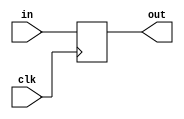
module coreir_reg #(
    parameter width = 1,
    parameter clk_posedge = 1,
    parameter init = 1
) (
    input clk,
    input [width-1:0] in,
    output [width-1:0] out
);
  reg [width-1:0] outReg=init;
  wire real_clk;
  assign real_clk = clk_posedge ? clk : ~clk;
  always @(posedge real_clk) begin
    outReg <= in;
  end
  assign out = outReg;
endmodule

module Mux2xNone (
    input I0,
    input I1,
    input S,
    output O
);
reg [0:0] coreir_commonlib_mux2x1_inst0_out;
always @(*) begin
if (S == 0) begin
    coreir_commonlib_mux2x1_inst0_out = I0;
end else begin
    coreir_commonlib_mux2x1_inst0_out = I1;
end
end

assign O = coreir_commonlib_mux2x1_inst0_out[0];
endmodule

module DFF_init0_has_ceFalse_has_resetFalse_has_async_resetFalse (
    input I,
    output O,
    input CLK
);
wire [0:0] reg_P_inst0_out;
coreir_reg #(
    .clk_posedge(1'b1),
    .init(1'h0),
    .width(1)
) reg_P_inst0 (
    .clk(CLK),
    .in(I),
    .out(reg_P_inst0_out)
);
assign O = reg_P_inst0_out[0];
endmodule

module Register8 (
    input [7:0] I,
    output [7:0] O,
    input CLK
);
wire DFF_init0_has_ceFalse_has_resetFalse_has_async_resetFalse_inst0_O;
wire DFF_init0_has_ceFalse_has_resetFalse_has_async_resetFalse_inst1_O;
wire DFF_init0_has_ceFalse_has_resetFalse_has_async_resetFalse_inst2_O;
wire DFF_init0_has_ceFalse_has_resetFalse_has_async_resetFalse_inst3_O;
wire DFF_init0_has_ceFalse_has_resetFalse_has_async_resetFalse_inst4_O;
wire DFF_init0_has_ceFalse_has_resetFalse_has_async_resetFalse_inst5_O;
wire DFF_init0_has_ceFalse_has_resetFalse_has_async_resetFalse_inst6_O;
wire DFF_init0_has_ceFalse_has_resetFalse_has_async_resetFalse_inst7_O;
DFF_init0_has_ceFalse_has_resetFalse_has_async_resetFalse DFF_init0_has_ceFalse_has_resetFalse_has_async_resetFalse_inst0 (
    .I(I[0]),
    .O(DFF_init0_has_ceFalse_has_resetFalse_has_async_resetFalse_inst0_O),
    .CLK(CLK)
);
DFF_init0_has_ceFalse_has_resetFalse_has_async_resetFalse DFF_init0_has_ceFalse_has_resetFalse_has_async_resetFalse_inst1 (
    .I(I[1]),
    .O(DFF_init0_has_ceFalse_has_resetFalse_has_async_resetFalse_inst1_O),
    .CLK(CLK)
);
DFF_init0_has_ceFalse_has_resetFalse_has_async_resetFalse DFF_init0_has_ceFalse_has_resetFalse_has_async_resetFalse_inst2 (
    .I(I[2]),
    .O(DFF_init0_has_ceFalse_has_resetFalse_has_async_resetFalse_inst2_O),
    .CLK(CLK)
);
DFF_init0_has_ceFalse_has_resetFalse_has_async_resetFalse DFF_init0_has_ceFalse_has_resetFalse_has_async_resetFalse_inst3 (
    .I(I[3]),
    .O(DFF_init0_has_ceFalse_has_resetFalse_has_async_resetFalse_inst3_O),
    .CLK(CLK)
);
DFF_init0_has_ceFalse_has_resetFalse_has_async_resetFalse DFF_init0_has_ceFalse_has_resetFalse_has_async_resetFalse_inst4 (
    .I(I[4]),
    .O(DFF_init0_has_ceFalse_has_resetFalse_has_async_resetFalse_inst4_O),
    .CLK(CLK)
);
DFF_init0_has_ceFalse_has_resetFalse_has_async_resetFalse DFF_init0_has_ceFalse_has_resetFalse_has_async_resetFalse_inst5 (
    .I(I[5]),
    .O(DFF_init0_has_ceFalse_has_resetFalse_has_async_resetFalse_inst5_O),
    .CLK(CLK)
);
DFF_init0_has_ceFalse_has_resetFalse_has_async_resetFalse DFF_init0_has_ceFalse_has_resetFalse_has_async_resetFalse_inst6 (
    .I(I[6]),
    .O(DFF_init0_has_ceFalse_has_resetFalse_has_async_resetFalse_inst6_O),
    .CLK(CLK)
);
DFF_init0_has_ceFalse_has_resetFalse_has_async_resetFalse DFF_init0_has_ceFalse_has_resetFalse_has_async_resetFalse_inst7 (
    .I(I[7]),
    .O(DFF_init0_has_ceFalse_has_resetFalse_has_async_resetFalse_inst7_O),
    .CLK(CLK)
);
assign O = {DFF_init0_has_ceFalse_has_resetFalse_has_async_resetFalse_inst7_O,DFF_init0_has_ceFalse_has_resetFalse_has_async_resetFalse_inst6_O,DFF_init0_has_ceFalse_has_resetFalse_has_async_resetFalse_inst5_O,DFF_init0_has_ceFalse_has_resetFalse_has_async_resetFalse_inst4_O,DFF_init0_has_ceFalse_has_resetFalse_has_async_resetFalse_inst3_O,DFF_init0_has_ceFalse_has_resetFalse_has_async_resetFalse_inst2_O,DFF_init0_has_ceFalse_has_resetFalse_has_async_resetFalse_inst1_O,DFF_init0_has_ceFalse_has_resetFalse_has_async_resetFalse_inst0_O};
endmodule

module PISO8 (
    input SI,
    input [7:0] PI,
    input LOAD,
    output O,
    input CLK
);
wire Mux2xNone_inst0_O;
wire Mux2xNone_inst1_O;
wire Mux2xNone_inst2_O;
wire Mux2xNone_inst3_O;
wire Mux2xNone_inst4_O;
wire Mux2xNone_inst5_O;
wire Mux2xNone_inst6_O;
wire Mux2xNone_inst7_O;
wire [7:0] Register8_inst0_O;
Mux2xNone Mux2xNone_inst0 (
    .I0(SI),
    .I1(PI[0]),
    .S(LOAD),
    .O(Mux2xNone_inst0_O)
);
Mux2xNone Mux2xNone_inst1 (
    .I0(Register8_inst0_O[0]),
    .I1(PI[1]),
    .S(LOAD),
    .O(Mux2xNone_inst1_O)
);
Mux2xNone Mux2xNone_inst2 (
    .I0(Register8_inst0_O[1]),
    .I1(PI[2]),
    .S(LOAD),
    .O(Mux2xNone_inst2_O)
);
Mux2xNone Mux2xNone_inst3 (
    .I0(Register8_inst0_O[2]),
    .I1(PI[3]),
    .S(LOAD),
    .O(Mux2xNone_inst3_O)
);
Mux2xNone Mux2xNone_inst4 (
    .I0(Register8_inst0_O[3]),
    .I1(PI[4]),
    .S(LOAD),
    .O(Mux2xNone_inst4_O)
);
Mux2xNone Mux2xNone_inst5 (
    .I0(Register8_inst0_O[4]),
    .I1(PI[5]),
    .S(LOAD),
    .O(Mux2xNone_inst5_O)
);
Mux2xNone Mux2xNone_inst6 (
    .I0(Register8_inst0_O[5]),
    .I1(PI[6]),
    .S(LOAD),
    .O(Mux2xNone_inst6_O)
);
Mux2xNone Mux2xNone_inst7 (
    .I0(Register8_inst0_O[6]),
    .I1(PI[7]),
    .S(LOAD),
    .O(Mux2xNone_inst7_O)
);
wire [7:0] Register8_inst0_I;
assign Register8_inst0_I = {Mux2xNone_inst7_O,Mux2xNone_inst6_O,Mux2xNone_inst5_O,Mux2xNone_inst4_O,Mux2xNone_inst3_O,Mux2xNone_inst2_O,Mux2xNone_inst1_O,Mux2xNone_inst0_O};
Register8 Register8_inst0 (
    .I(Register8_inst0_I),
    .O(Register8_inst0_O),
    .CLK(CLK)
);
assign O = Register8_inst0_O[7];
endmodule